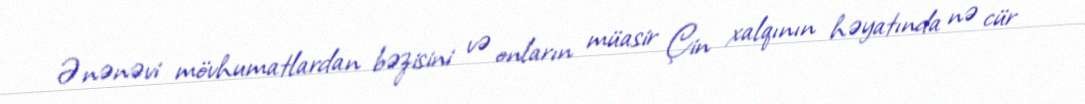
Ənənəvi mövhumatlardan bəzisini və onların müasir Çin xalqının həyatında nə cür